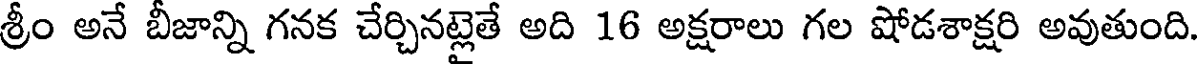
శ్రీం అనే బీజాన్ని గనక చేర్చినట్లైతే అది 16 అక్షరాలు గల షోడశాక్షరి అవుతుంది